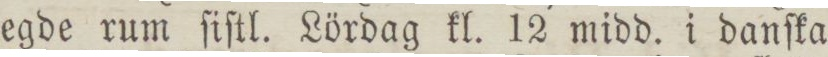
egde rum ſiſtl. Lördag kl. 12 midd. i danſka